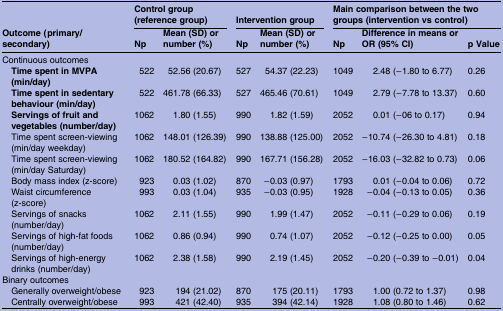
<table><thead><tr><td></td><td colspan="2"><b>Control group (reference group)</b></td><td colspan="2"><b>Intervention group</b></td><td colspan="3"><b>Main comparison between the two groups (intervention vs control)</b></td></tr><tr><td><b>Outcome (primary/secondary)</b></td><td><b>Np</b></td><td><b>Mean (SD) or number (%)</b></td><td><b>Np</b></td><td><b>Mean (SD) or number (%)</b></td><td><b>Np</b></td><td><b>Difference in means or OR (95% CI)</b></td><td><b>p Value</b></td></tr></thead><tbody><tr><td colspan="8">Continuous outcomes</td></tr><tr><td><b> Time spent in MVPA (min/day)</b></td><td>522</td><td>52.56 (20.67)</td><td>527</td><td>54.37 (22.23)</td><td>1049</td><td>2.48 (−1.80 to 6.77)</td><td>0.26</td></tr><tr><td><b> Time spent in sedentary behaviour (min/day)</b></td><td>522</td><td>461.78 (66.33)</td><td>527</td><td>465.46 (70.61)</td><td>1049</td><td>2.79 (−7.78 to 13.37)</td><td>0.60</td></tr><tr><td><b> Servings of fruit and vegetables (number/day)</b></td><td>1062</td><td>1.80 (1.55)</td><td>990</td><td>1.82 (1.59)</td><td>2052</td><td>0.01 (−06 to 0.17)</td><td>0.94</td></tr><tr><td> Time spent screen-viewing (min/day weekday)</td><td>1062</td><td>148.01 (126.39)</td><td>990</td><td>138.88 (125.00)</td><td>2052</td><td>−10.74 (−26.30 to 4.81)</td><td>0.18</td></tr><tr><td> Time spent screen-viewing (min/day Saturday)</td><td>1062</td><td>180.52 (164.82)</td><td>990</td><td>167.71 (156.28)</td><td>2052</td><td>−16.03 (−32.82 to 0.73)</td><td>0.06</td></tr><tr><td> Body mass index (z-score)</td><td>923</td><td>0.03 (1.02)</td><td>870</td><td>−0.03 (0.97)</td><td>1793</td><td>0.01 (−0.04 to 0.06)</td><td>0.72</td></tr><tr><td> Waist circumference (z-score)</td><td>993</td><td>0.03 (1.04)</td><td>935</td><td>−0.03 (0.95)</td><td>1928</td><td>−0.04 (−0.13 to 0.05)</td><td>0.36</td></tr><tr><td> Servings of snacks (number/day)</td><td>1062</td><td>2.11 (1.55)</td><td>990</td><td>1.99 (1.47)</td><td>2052</td><td>−0.11 (−0.29 to 0.06)</td><td>0.19</td></tr><tr><td> Servings of high-fat foods (number/day)</td><td>1062</td><td>0.86 (0.94)</td><td>990</td><td>0.74 (1.07)</td><td>2052</td><td>−0.12 (−0.25 to 0.00)</td><td>0.05</td></tr><tr><td> Servings of high-energy drinks (number/day)</td><td>1062</td><td>2.38 (1.58)</td><td>990</td><td>2.19 (1.45)</td><td>2052</td><td>−0.20 (−0.39 to −0.01)</td><td>0.04</td></tr><tr><td colspan="8">Binary outcomes</td></tr><tr><td> Generally overweight/obese</td><td>923</td><td>194 (21.02)</td><td>870</td><td>175 (20.11)</td><td>1793</td><td>1.00 (0.72 to 1.37)</td><td>0.98</td></tr><tr><td> Centrally overweight/obese</td><td>993</td><td>421 (42.40)</td><td>935</td><td>394 (42.14)</td><td>1928</td><td>1.08 (0.80 to 1.46)</td><td>0.62</td></tr></tbody></table>